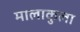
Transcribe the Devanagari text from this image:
मालाकुला